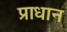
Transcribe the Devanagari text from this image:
प्राधान